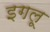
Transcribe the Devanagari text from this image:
इगलू